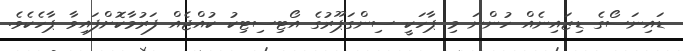
ޑައިނަސޯގެ ޑިޒައިނެއް ހުންނަ މި ޕާހަކީ ސިންގަޕޫރުގެ އޯޓިސިޓިކު ކުއްޖެއް ފަރުމާކޮށްފައިވާ ޕާހެކެވެ.